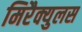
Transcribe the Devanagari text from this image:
मिरैक्युलस